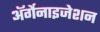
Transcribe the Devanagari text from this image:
ॲर्गेनाइजेशन